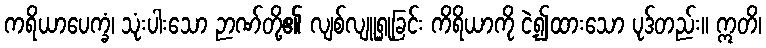
ကရိယာပေက္ခံ၊ သုံးပါးသော ဉာဏ်တို့၏ လျစ်လျူရှုခြင်း ကိရိယာကို ငဲ့၍ထားသော ပုဒ်တည်း။ ဣတိ၊